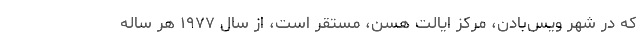
که در شهر ویس‌بادن، مرکز ایالت هسن، مستقر است، از سال ۱۹۷۷ هر ساله